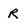
Character: R